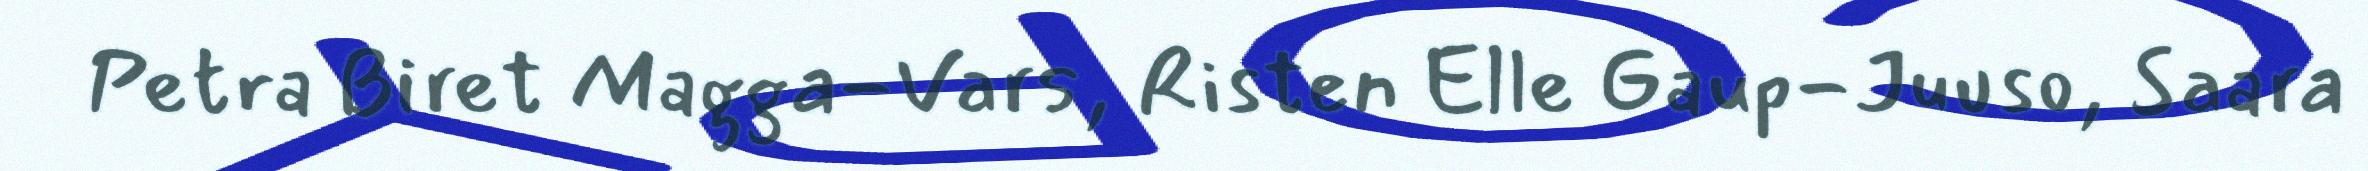
Petra Biret Magga-Vars, Risten Elle Gaup-Juuso, Saara